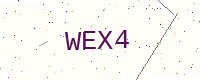
Text: WEX4